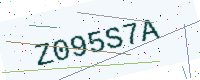
Text: Z095S7A